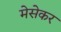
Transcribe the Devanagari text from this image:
मेसेकर